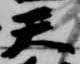
天